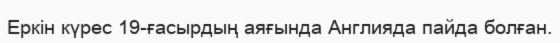
Еркін күрес 19-ғасырдың аяғында Англияда пайда болған.